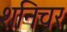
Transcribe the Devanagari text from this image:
शनिचर